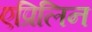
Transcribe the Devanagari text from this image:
एप्रिलिन